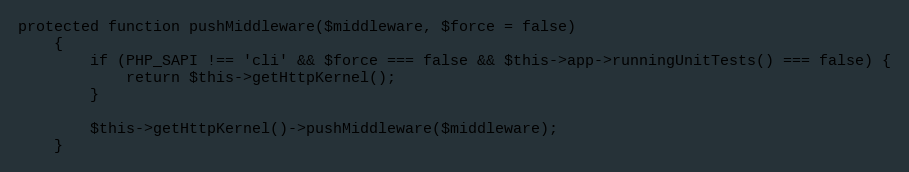
Language: PHP
protected function pushMiddleware($middleware, $force = false)
    {
        if (PHP_SAPI !== 'cli' && $force === false && $this->app->runningUnitTests() === false) {
            return $this->getHttpKernel();
        }

        $this->getHttpKernel()->pushMiddleware($middleware);
    }